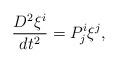
LaTeX: \begin{align*}\frac{D^{2}\xi ^{i}}{dt^{2}}=P_{j}^{i}\xi ^{j}, \end{align*}